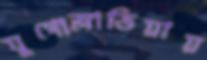
যুগোস্লাভিয়ায়